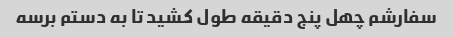
سفارشم چهل پنج دقیقه طول کشید تا به دستم برسه